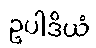
ဥပါဒိယံ